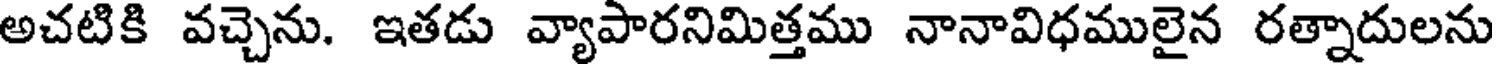
అచటికి వచ్చెను. ఇతడు వ్యాపారనిమిత్తము నానావిధములైన రత్నాదులను